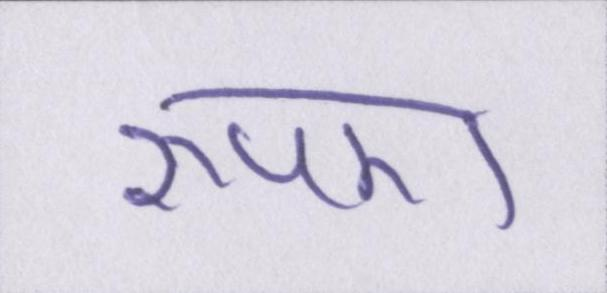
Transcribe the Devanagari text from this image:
रुपए